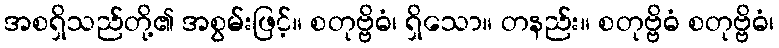
အစရှိသည်တို့၏ အစွမ်းဖြင့်။ စတုဗ္ဗိဓံ၊ ရှိသော။ တနည်း။ စတုဗ္ဗိဓံ စတုဗ္ဗိဓံ၊